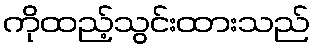
ကိုထည့်သွင်းထားသည်